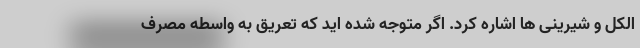
الکل و شیرینی ها اشاره کرد. اگر متوجه شده اید که تعریق به واسطه مصرف